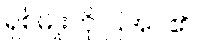
ရှစ်မျိုးကို ပြအပ်၏။